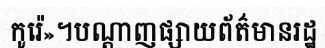
កូរ៉េ»។បណ្តាញផ្សាយព័ត៌មានរដ្ឋ